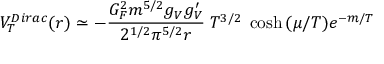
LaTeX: V _ { T } ^ { D i r a c } ( r ) \simeq - { \frac { G _ { F } ^ { 2 } m ^ { 5 / 2 } g _ { V } g _ { V } ^ { \prime } } { 2 ^ { 1 / 2 } \pi ^ { 5 / 2 } r } } \; T ^ { 3 / 2 } \; \cosh { ( \mu / T ) } e ^ { - m / T }